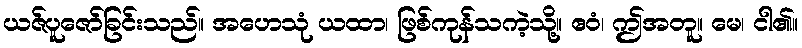
ယဇ်ပူဇော်ခြင်းသည်။ အဟေသုံ ယထာ၊ ဖြစ်ကုန်သကဲ့သို့။ ဧဝံ၊ ဤအတူ။ မေ၊ ငါ၏။